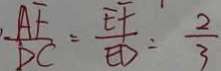
\frac { A F } { D C } = \frac { E F } { E D } : \frac { 2 } { 3 }